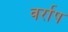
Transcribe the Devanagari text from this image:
वर्राप